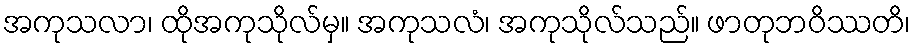
အကုသလာ၊ ထိုအကုသိုလ်မှ။ အကုသလံ၊ အကုသိုလ်သည်။ ဖာတုဘဝိဿတိ၊